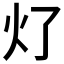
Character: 𰝶